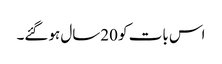
اس بات کو 20سال ہوگئے۔